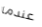
عندما